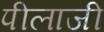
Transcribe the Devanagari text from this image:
पीलाजी